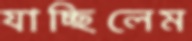
যাচ্ছিলেম